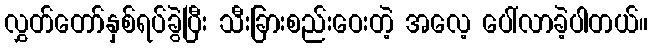
လွှတ်တော်နှစ်ရပ်ခွဲပြီး သီးခြားစည်းဝေးတဲ့ အလေ့ ပေါ်လာခဲ့ပါတယ်။